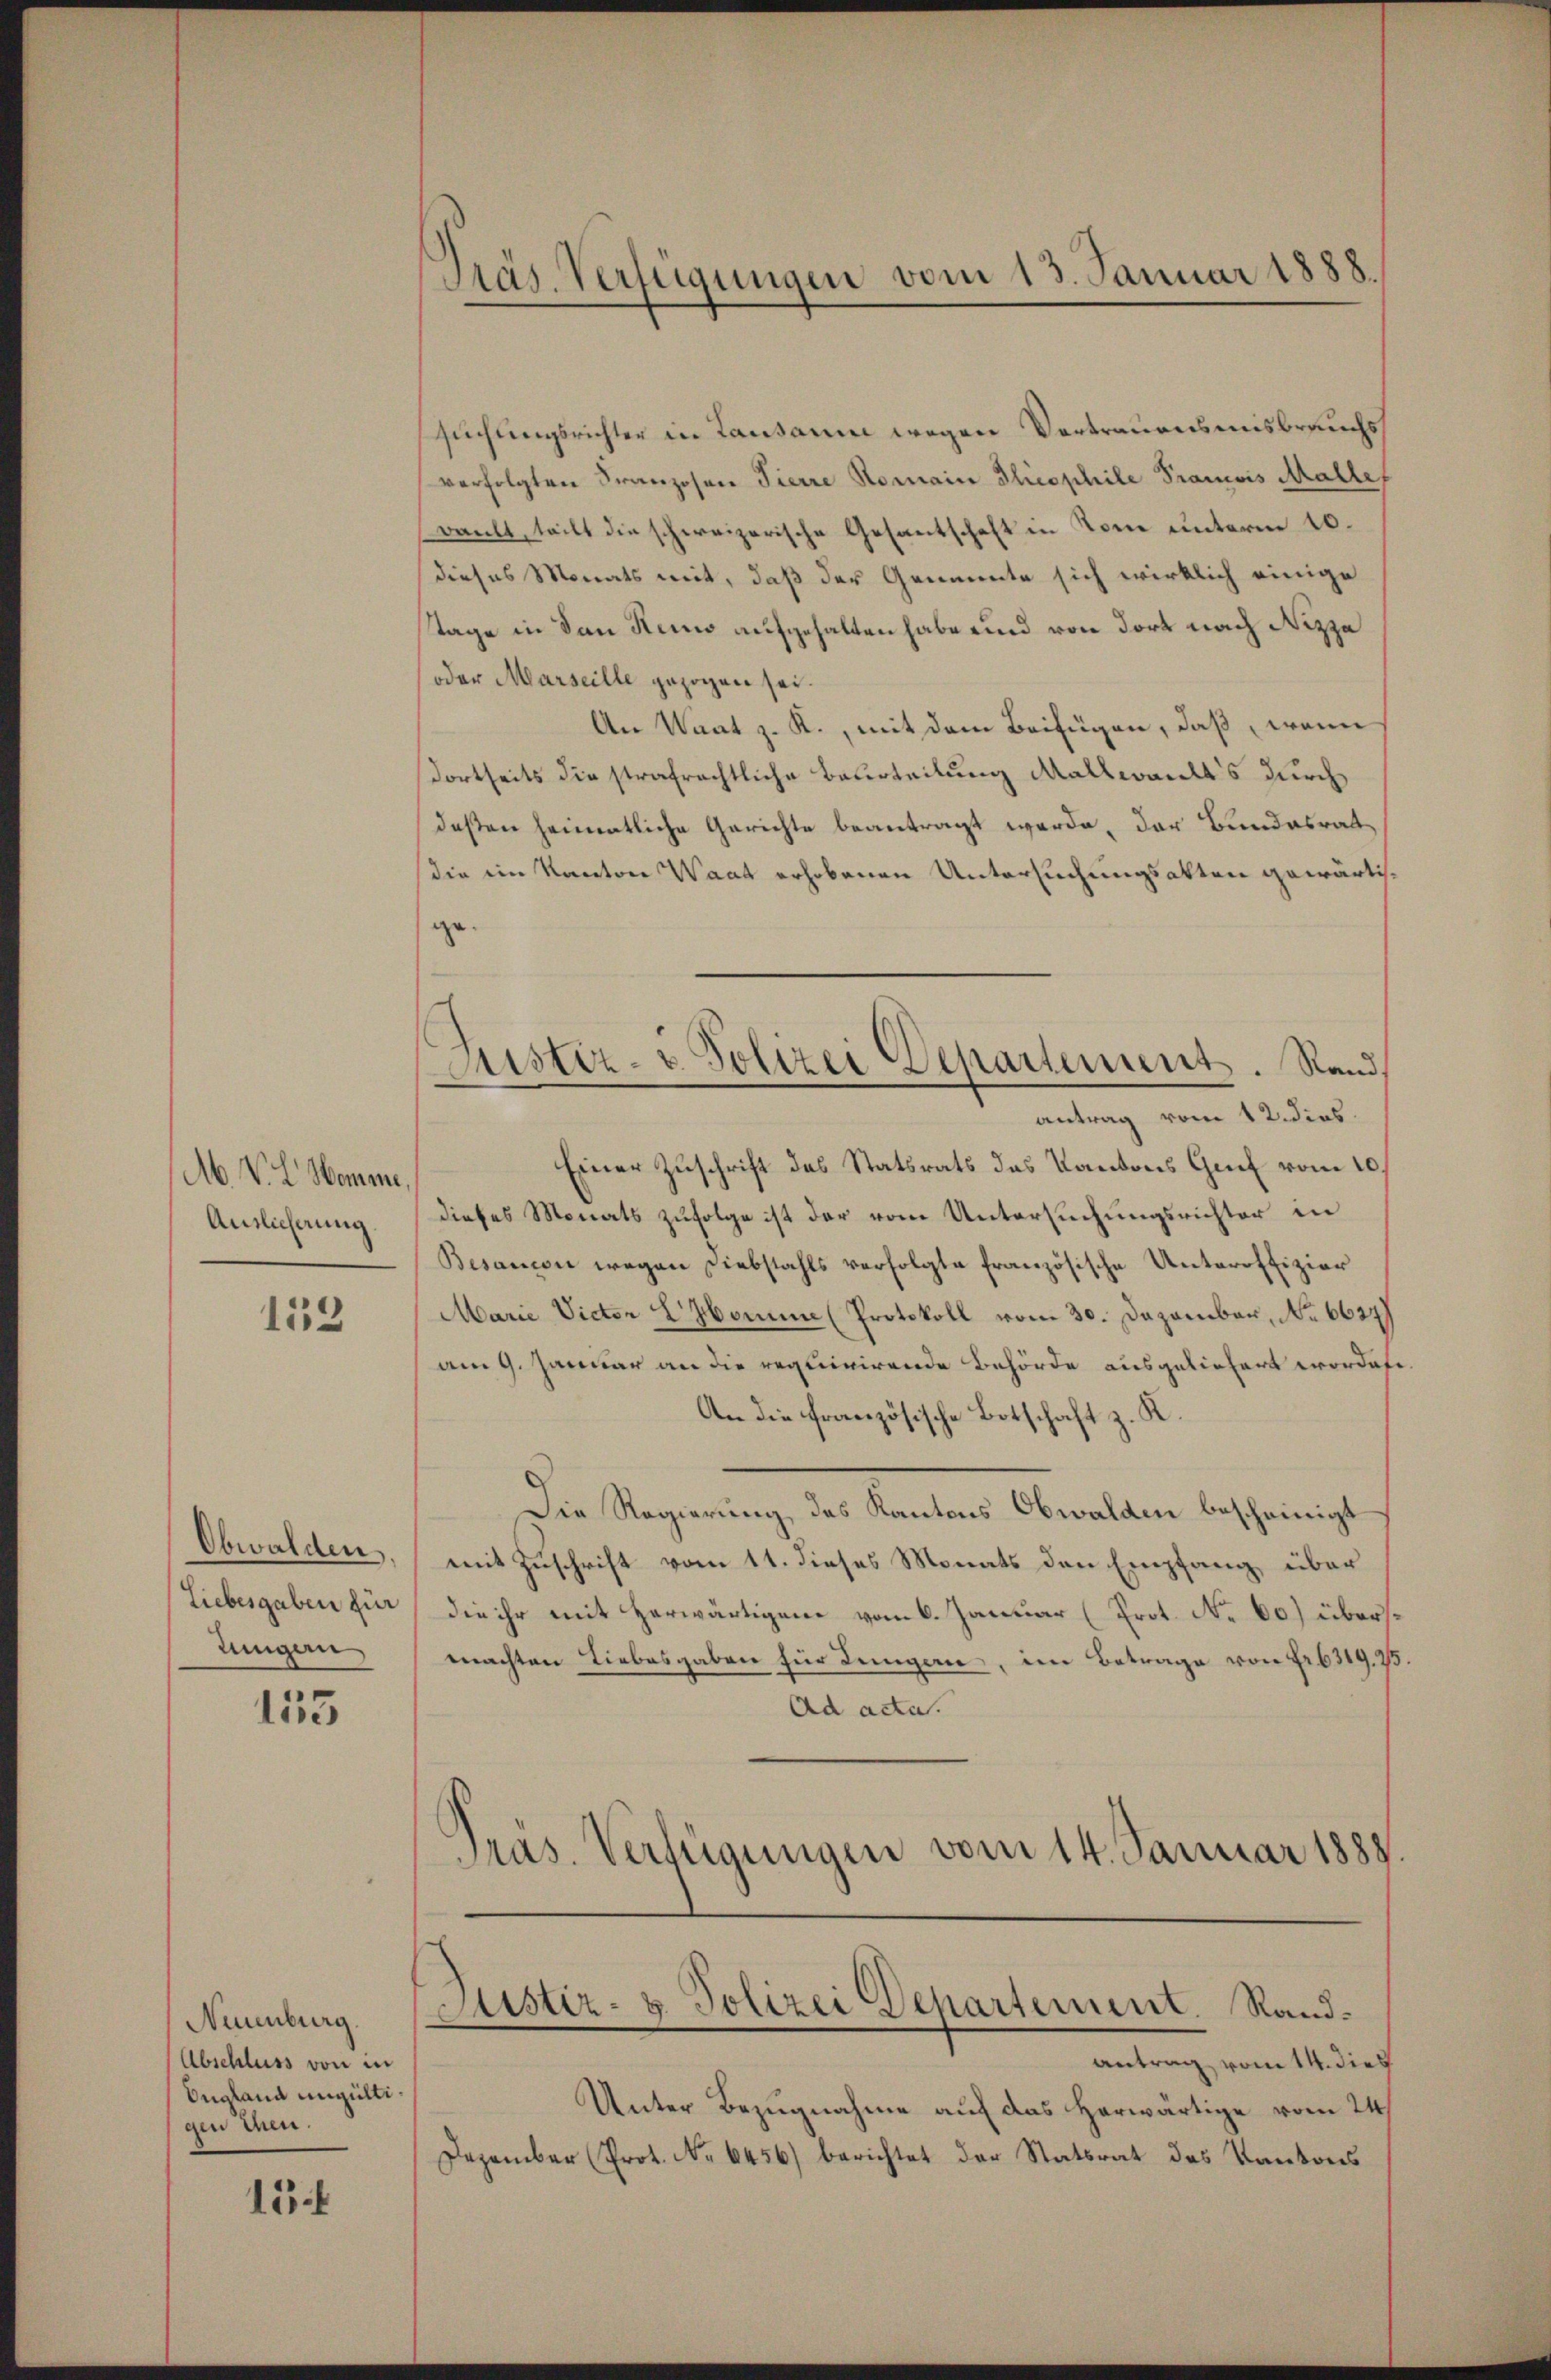
Ab. V. L. Homme
Auslicherung

113

Obwalden.
Liebesgaben für
lungen

135

Neuenburg.
(Abschluss von in
England ungültigen Ehen.

15.

Präs. Verfügungen vom 13. Januar 1888

suchungsrichter in Lausann wegen Vertrauensmisbrauchs
verfolgten Franzosen Tierre Romain Ilicsphile Francois Mallef
wankt, teilt die schweizerische Gesantschaft in Rom unterm 10.
dieses Monats mit, daß der Genannte sich wirklich einige
Tage in den Heino aufgehalten habe und von dort nach Nizza
oder Marseille gezogen sei.
An Waat z. R., mit dem Beifügen, daß, wenn
dortseits die strafrechtliche Beurteilung Mallwardts durch
deßen heimatliche Gerichte beantragt werde, der Bundesrat
die im Kanton Waat erhobenen Untersuchungsakten gewärtig
8
antrag vom 12. dies
Einer Zuschrift des Statsrats des Kantons Genf vom 10.
dieses Monats zufolge ist der vom Untersuchungsrichter in
Besancen wegen Diebstahls verfolgte französische Unteroffizier
Marie Victor Comme (Protokoll vom 30. Dezember, No 6627)
am 9. Januar an die requirirende Behörde ausgeliefert worde
An die französische Botschaft z. K.
Die Regierung des Kantons Obwalden bescheinigt
mit Zuschrift vom 11. dieses Monats den Empfang, über
die ihr mit Herwärtigem vom 6. Januar (Prot. No 60) übersmachten Liebesgaben für Legerie, im Betrage von Fr. 6319. 75.
Ad acta.
Präs. Verfügungen vom 14. Januar 1888.
Justiz- & Polizei Departement. Randantrag vom 14. dies
Unter Bezugnahme auf das herwärtige vom 24
Dezember (Prot. No 6456) berichtet der Statsrat des Kantons

Astiz- & Polizei Departement. Rand